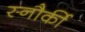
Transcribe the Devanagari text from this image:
स्नौर्की